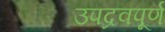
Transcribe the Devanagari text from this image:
उपद्रवपूर्ण